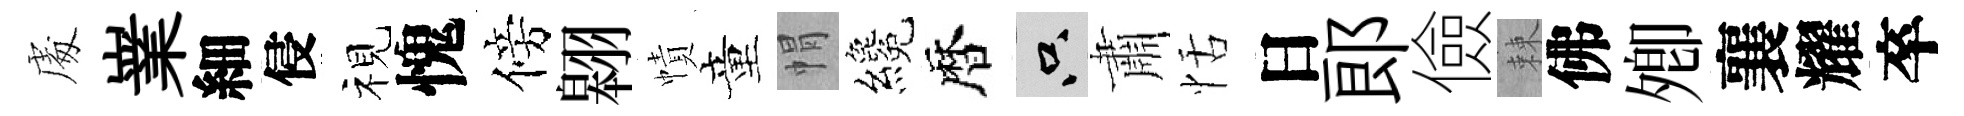
䖏嶪細侵视愧傍翱幘童㡌纔暦只肅恬日郞儉棘佛𡖖襄耀卒